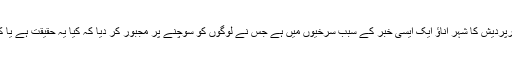
انڈیا کی ریاست اترپردیش کا شہر اناؤ ایک ایسی خبر کے سبب سرخیوں میں ہے جس نے لوگوں کو سوچنے پر مجبور کر دیا کہ کیا یہ حقیقت ہے یا کسی فلم کی کہانی۔